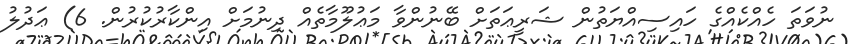
ނުވަތަ ހެއްކެއްގެ ހައިސިއްޔަތުން ޝަރީޢަތަށް ބޭނުންވާ މަޢުލޫމާތެއް ދިނުމަށް އިންކާރުކުރުން. 6) ޢަދުލު